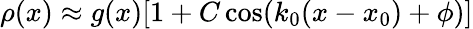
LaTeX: \rho(x)\approx g(x)[1+C\cos(k_{0}(x-x_{0})+\phi)]